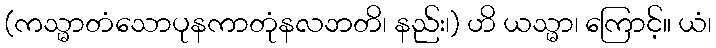
(ကသ္မာတံသောပုနကာတုံနလဘတိ၊ နည်း၊) ဟိ ယသ္မာ၊ ကြောင့်။ ယံ၊